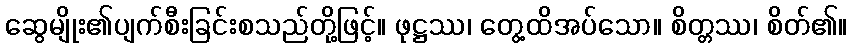
ဆွေမျိုး၏ပျက်စီးခြင်းစသည်တို့ဖြင့်။ ဖုဋ္ဌဿ၊ တွေ့ထိအပ်သော။ စိတ္တဿ၊ စိတ်၏။